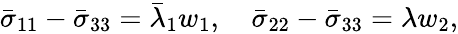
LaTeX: \begin{array}{r}{\bar{\sigma}_{11}-\bar{\sigma}_{33}=\bar{\lambda}_{1}w_{1},\quad\bar{\sigma}_{22}-\bar{\sigma}_{33}={\lambda}w_{2},}\end{array}